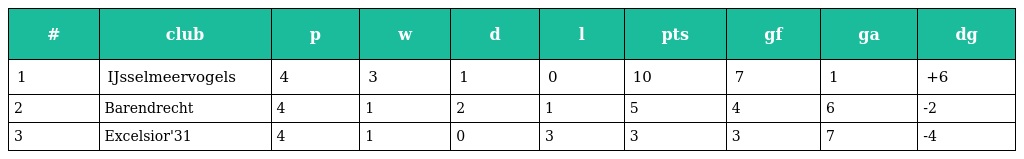
| # | club | p | w | d | l | pts | gf | ga | dg |
 | --- | --- | --- | --- | --- | --- | --- | --- | --- | --- |
 | 1 | IJsselmeervogels | 4 | 3 | 1 | 0 | 10 | 7 | 1 | +6 |
 | 2 | Barendrecht | 4 | 1 | 2 | 1 | 5 | 4 | 6 | -2 |
 | 3 | Excelsior'31 | 4 | 1 | 0 | 3 | 3 | 3 | 7 | -4 |